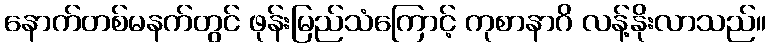
နောက်တစ်မနက်တွင် ဖုန်းမြည်သံကြောင့် ကုစာနာဂိ လန့်နိုးလာသည်။